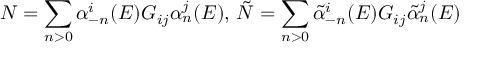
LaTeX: N = \sum _ { n > 0 } \alpha _ { - n } ^ { i } ( E ) G _ { i j } \alpha _ { n } ^ { j } ( E ) , \, \tilde { N } = \sum _ { n > 0 } \tilde { \alpha } _ { - n } ^ { i } ( E ) G _ { i j } \tilde { \alpha } _ { n } ^ { j } ( E )